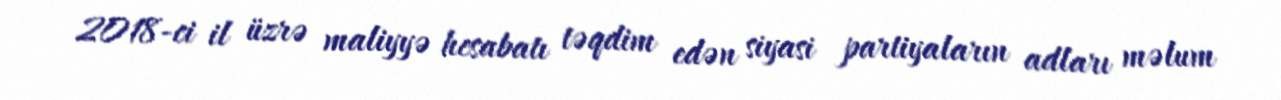
2018-ci il üzrə maliyyə hesabatı təqdim edən siyasi partiyaların adları məlum